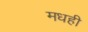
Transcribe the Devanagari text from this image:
मधही